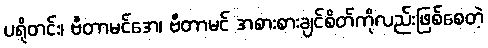
ပရိုတင်း၊ ဗီတာမင်အေ၊ ဗီတာမင် အစားစားချင်စိတ်ကိုလည်းဖြစ်စေတဲ့